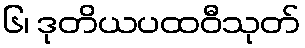
၆၊ ဒုတိယပထဝီသုတ်